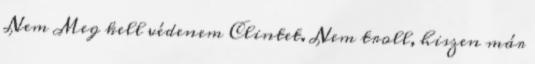
Nem Meg kell védenem Clintet. Nem troll, hiszen már